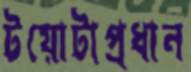
টয়োটাপ্রধান